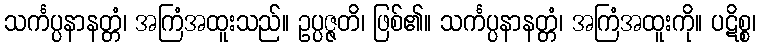
သင်္ကပ္ပနာနတ္တံ၊ အကြံအထူးသည်။ ဥပ္ပဇ္ဇတိ၊ ဖြစ်၏။ သင်္ကပ္ပနာနတ္တံ၊ အကြံအထူးကို။ ပဋိစ္စ၊